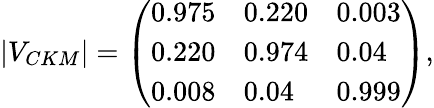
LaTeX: |V_{CKM}|=\left(\begin{array}{lll}{{0.975}}&{{0.220}}&{{0.003}}\\ {{0.220}}&{{0.974}}&{{0.04}}\\ {{0.008}}&{{0.04}}&{{0.999}}\end{array}\right),